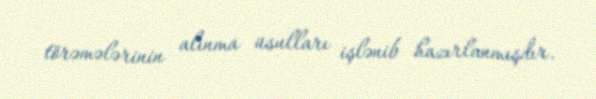
törəmələrinin alınma üsulları işlənib hazırlanmışdır.